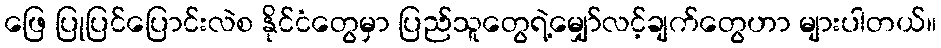
ဖြေ ပြုပြင်ပြောင်းလဲစ နိုင်ငံတွေမှာ ပြည်သူတွေရဲ့မျှော်လင့်ချက်တွေဟာ များပါတယ်။